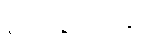
နိဿာရဏီယန္တိ